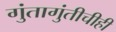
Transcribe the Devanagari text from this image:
गुंतागुंतीचीही